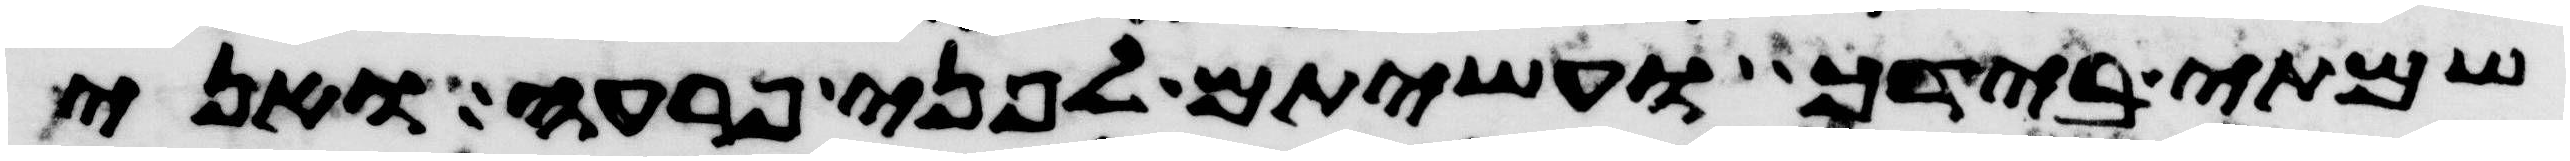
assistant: שמתי בידך ועשיתם לפני פרעה ואני